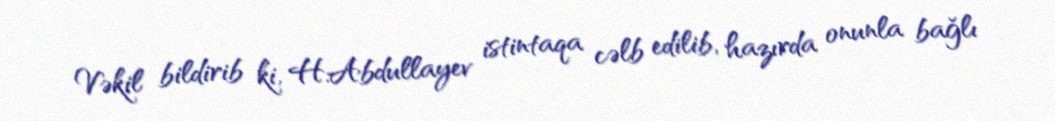
Vəkil bildirib ki, H.Abdullayev istintaqa cəlb edilib, hazırda onunla bağlı